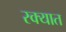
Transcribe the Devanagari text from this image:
रक्यात